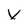
Character: X